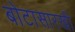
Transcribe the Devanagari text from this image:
बोटासारखी